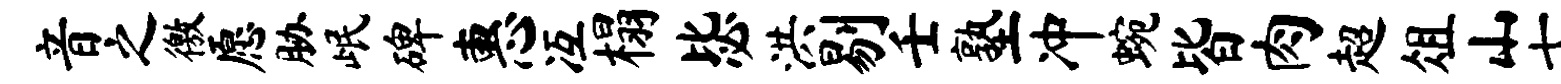
音之徼愿胁岷碑惠冱榻毖洪剔壬塾冲蜿皆肉超俎山七